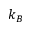
k _ { B }